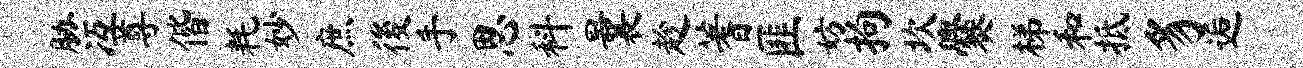
胁冱尊偕耗妙庶後手思科曩趁蓍匪妨拘坎爨梯和抵豸逅